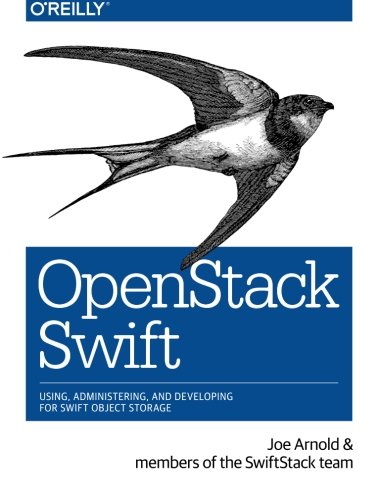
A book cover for OpenStack Swift: Using, Administering, and Developing for Swift Object Storage; Joe Arnold; Computers & Technology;